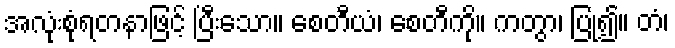
အလုံးစုံရတနာဖြင့် ပြီးသော။ စေတီယံ၊ စေတီကို။ ကတွာ၊ ပြု၍။ တံ၊